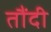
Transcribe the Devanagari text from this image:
तौंदी